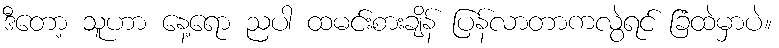
ဒီတော့ သူဟာ နေ့ရော ညပါ ထမင်းစားချိန် ပြန်လာတာကလွဲရင် ခြံထဲမှာပဲ။